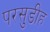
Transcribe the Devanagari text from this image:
परसुडीह